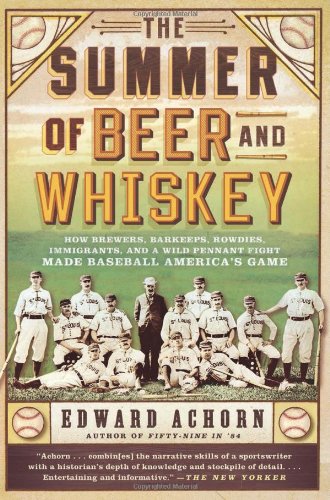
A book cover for The Summer of Beer and Whiskey: How Brewers, Barkeeps, Rowdies, Immigrants, and a Wild Pennant Fight Made Baseball America's Game; Edward Achorn; Biographies & Memoirs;